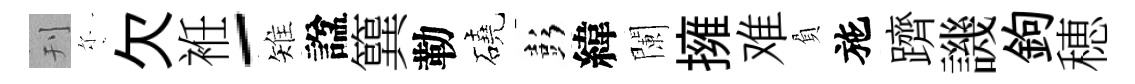
刊尓欠袵-雉諡簨勒磽彭緯闌擁难負施躋譏鉤穂